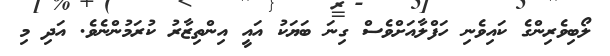
ލޯބިވެރިންގެ ކައިވެނި ހަފްލާއަށްވެސް ގިނަ ބަޔަކު އައީ އިންތިޒާރު ކުރަމުންނެވެ. އަދި މި